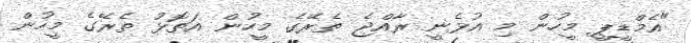
"އެމްޑީޕީ މީހުން މި އުޅެނީ ރާއްޖެ ތެރޭގެ މީހުން އަތޮޅު ތެރޭގެ މީހުން